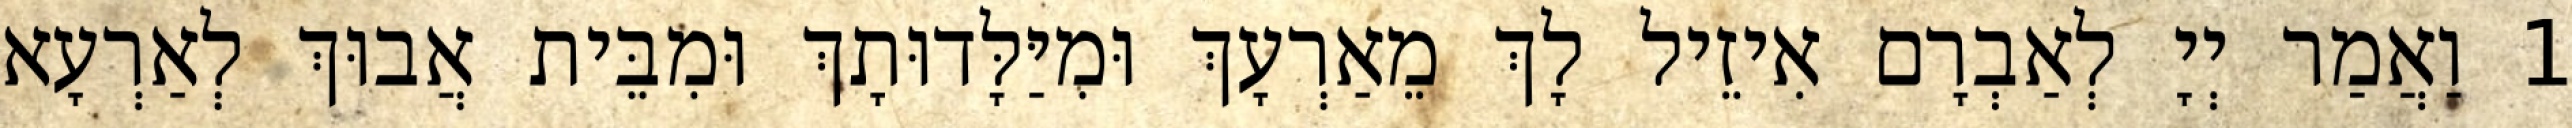
1 וַאֲמַר יְיָ לְאַבְרָם אִיזֵיל לָךְ מֵאַרְעָךְ וּמִיַּלָּדוּתָךְ וּמִבֵּית אֲבוּךְ לְאַרְעָא